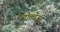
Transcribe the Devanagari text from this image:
लोलोजी